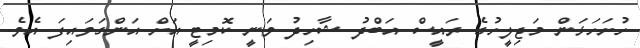
ހުށަހަޅަން މަޖިލީހުގެ ރައީސް އަބްދު ޝާހިދު ވަނީ ކޮމިޓީ އަށް އަންގަވައިފަ އެވެ.